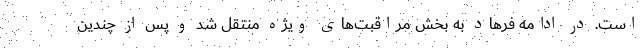
است. در ادامه فرهاد به بخش مراقبت‌های ویژه منتقل شد و پس از چندین